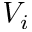
V _ { i }